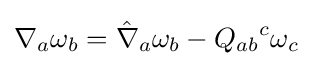
\nabla _{a}\omega _{b}={\hat {\nabla }}_{a}\omega _{b}-Q_{ab}{}^{c}\omega _{c}